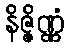
နိဇ္ဇိဏ္ဏံ